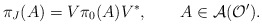
\begin{align*}\pi_J(A)=V\pi_0(A)V^*,\qquad A\in{\cal A}({\cal O}').\end{align*}